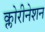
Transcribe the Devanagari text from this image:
क्लोरीनेशन